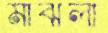
মাঝলা